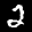
Label: 2